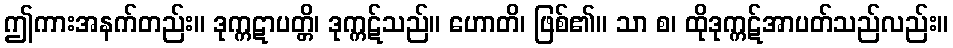
ဤကားအနက်တည်း။ ဒုက္ကဋာပတ္တိ၊ ဒုက္ကဋ်သည်။ ဟောတိ၊ ဖြစ်၏။ သာ စ၊ ထိုဒုက္ကဋ်အာပတ်သည်လည်း။